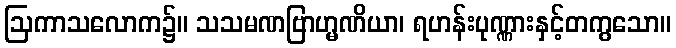
ဩကာသလောက၌။ သသမဏဗြာဟ္မဏိယာ၊ ရဟန်းပုဏ္ဏားနှင့်တကွသော။